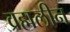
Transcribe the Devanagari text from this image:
व्रह्मलीन